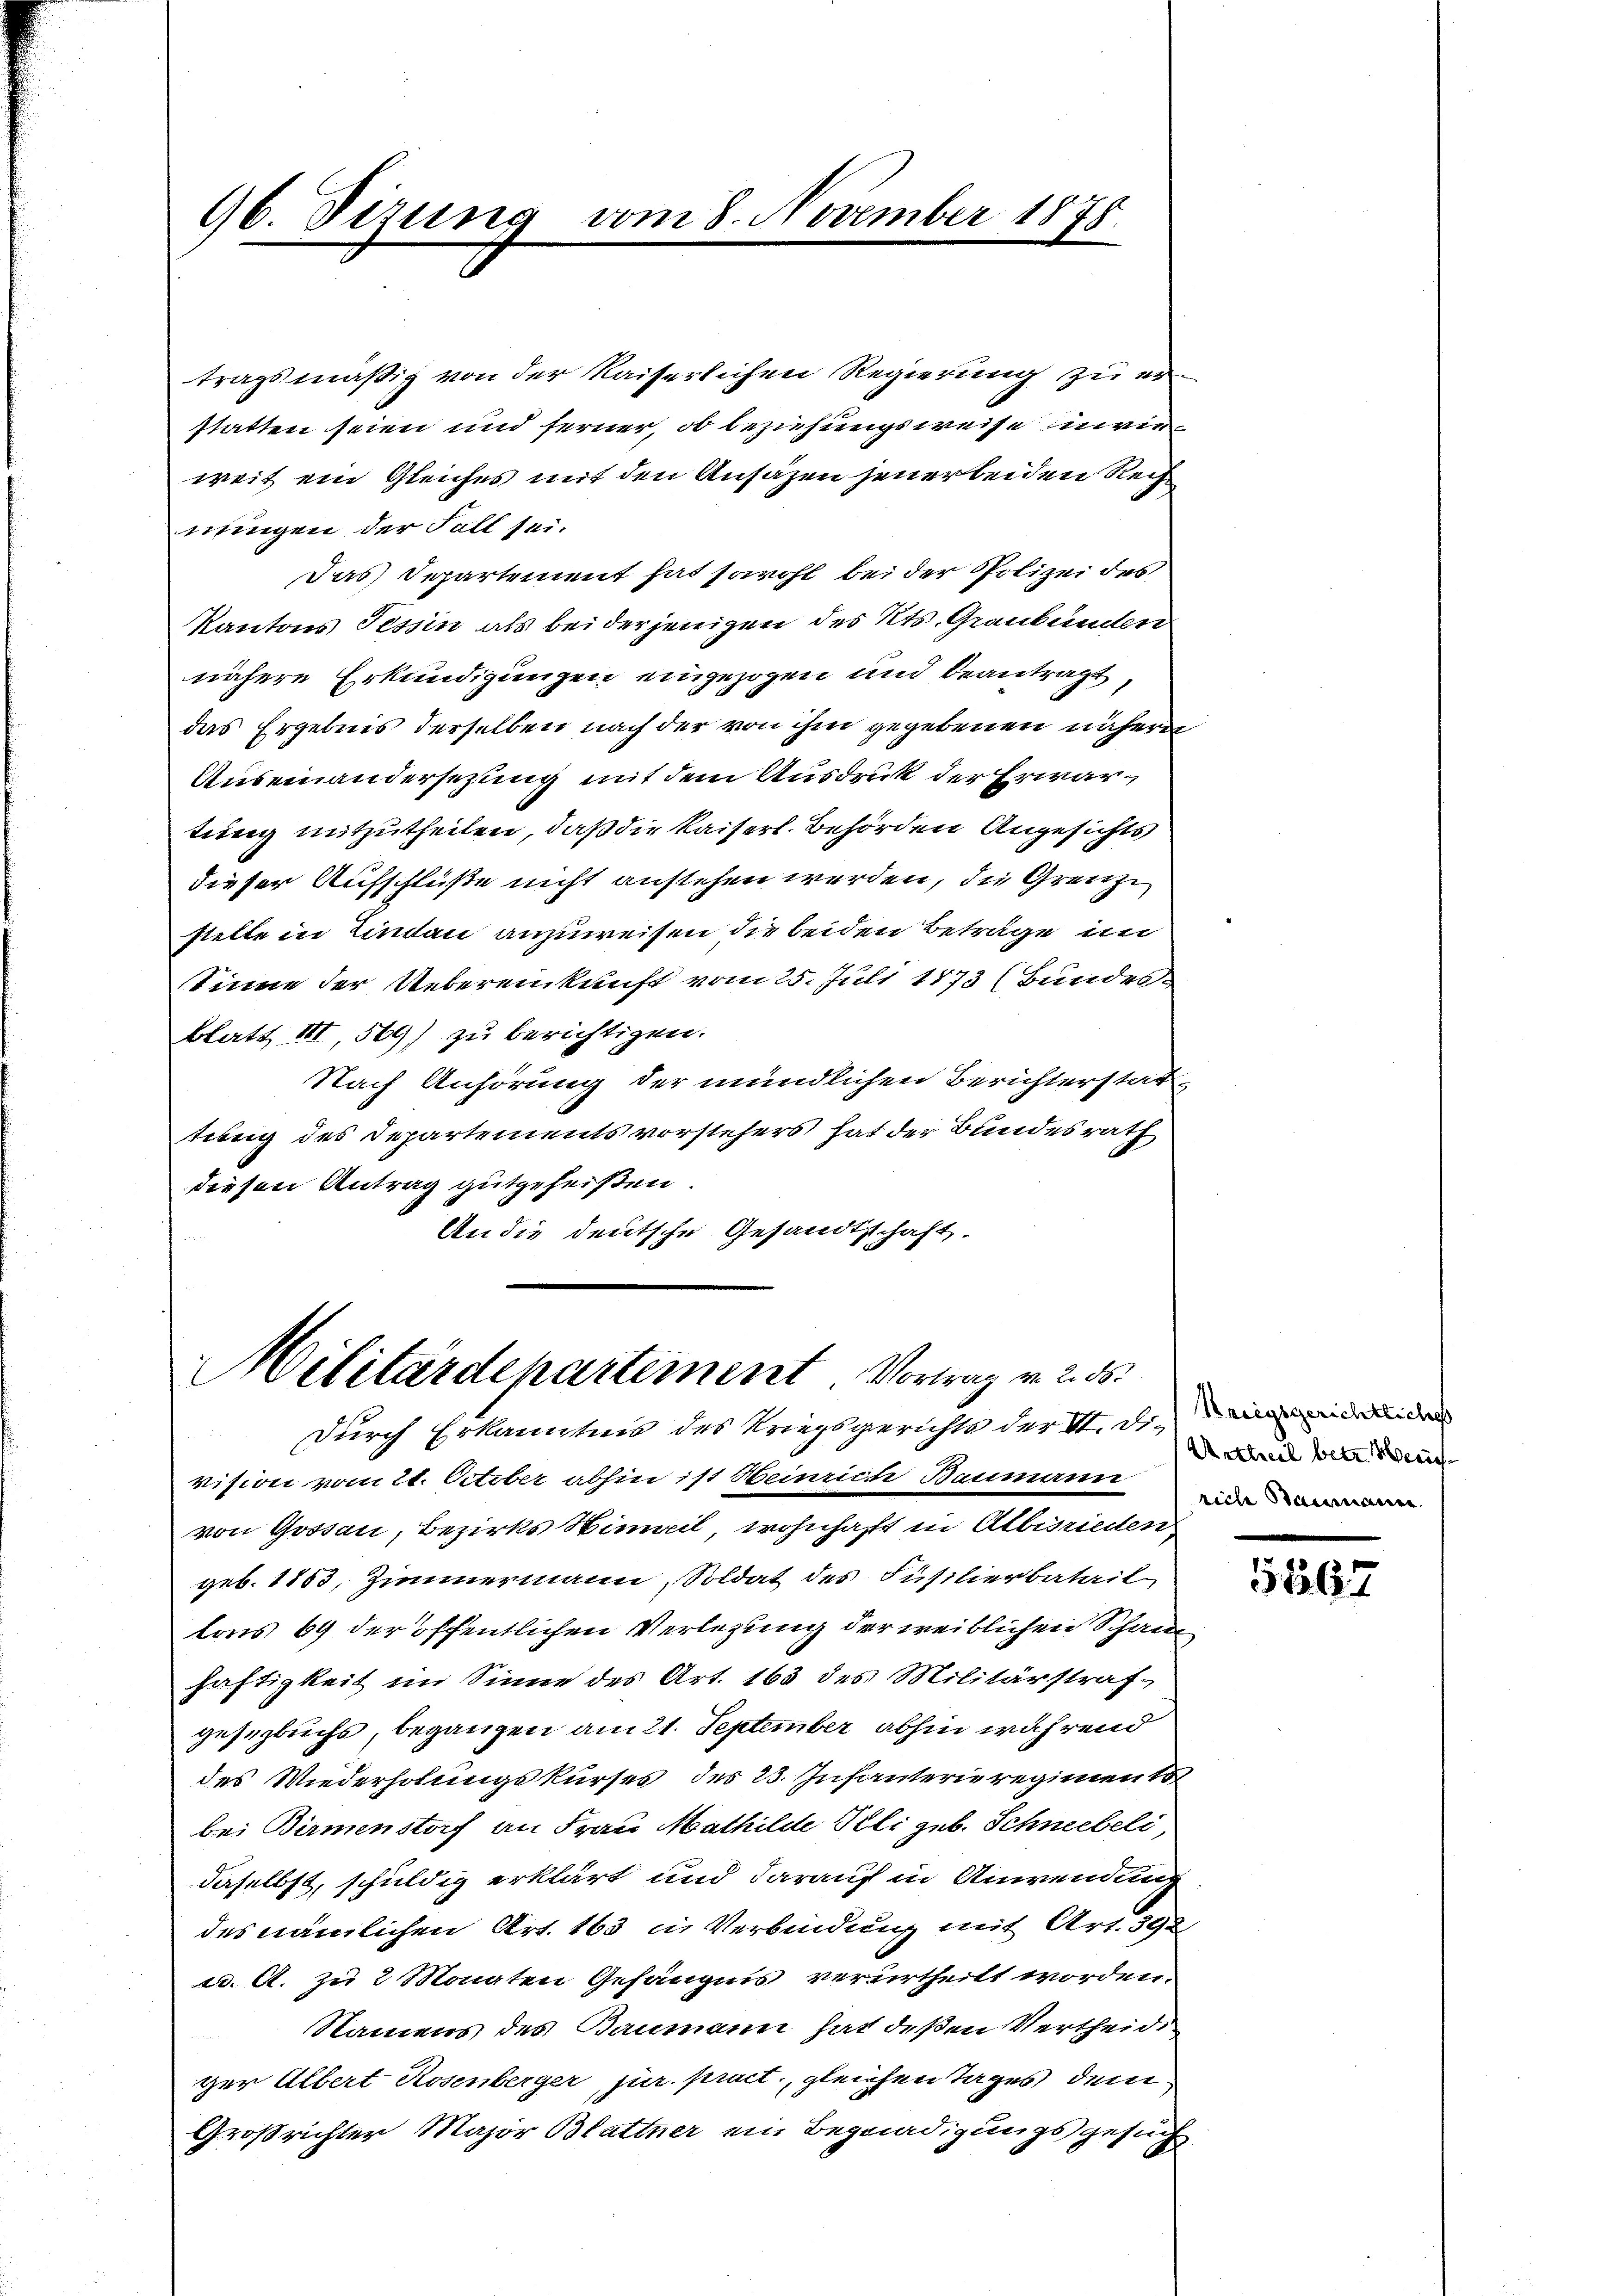
96. Sizung

tragsmäßig von der Kaiserlichen Regierung zu erstatten seien und ferner, ob beziehungsweise invieweit ein Gleiches mit den Ansäzen seiner beiden Rech
nungen der Fall sei.
Das Departement hat sowohl bei der Polizei des
Kantons Tessin als bei derjenigen des Kts. Graubünden
nähere Erkundigungen eingezogen und beantragt
das Ergebnis derselben nach der von ihm gegebenen nähere
Auseinandersetzung mit dem Ausdruck der Erwartung mitzutheilen, daß die Kaiserl. Behörden Angesichts
dieser Aufschlüße nicht anstehen werden, die Grenze
stelle in Lindau anzuweisen die beiden Betrage im
Sinne der Uebereinkunft vom 25. Juli 1873 (Bundes-
Blatt III, 569) zu berichtigen.
Nach Anhörung der mündlichen Berichterstattung des Departements vorstehers hat der Bundesrath
diesen Antrag gutgeheißen
An die deutsche Gesandtschaft.

Militärdepartement Vortrag v. 2. 55

durch Erkanntnis des Kriegsgerichts der II. Dieneide
vision vom 21. October abhin ist Heinrich Baumann
von Gossau, Bezirks Himeil, wohnhaft in Albisrieden
geb. 1853, Zimmermann, Soldat des Füßlierbatail
lons 69 der öffentlichen Verlegung der weiblichen Schau
häftigkeit im Sinne des Art. 165 des Militärstraf-
gesetzbuchs, begangen am 21. September abhin während
des Wiederholungskurses des 23. Infanterie regiment
bei Birmenstof an Frau Mathilde Pli geb. Schneebeli
daselbst, schuldig erklärt und darauf in Anwendung
des nämlichen Art. 163 in Verbindung mit Art. 392
ad. 6. zu 2 Monaten Gefängnis verurtheilt worden.
Namens des Baumann hat deßen Vertheid
ger Albert Rosenberger jur. pract, gleichen Tages dem
Großrichter Major Blattner ein Begnadigungsgesuch

vom 8. November 1875.

Urtheil betr. Zürichriche Baumann.

5867